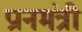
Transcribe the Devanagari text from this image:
प्रानमंत्री